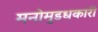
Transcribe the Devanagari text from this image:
मनोमुडधकारी